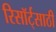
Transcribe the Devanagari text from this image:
रिसॉर्ट्‌साठी